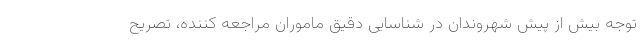
توجه بیش از پیش شهروندان در شناسایی دقیق ماموران مراجعه کننده، تصریح